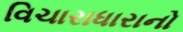
વિચારાધારાનો